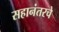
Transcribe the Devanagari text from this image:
सहानंतरचे